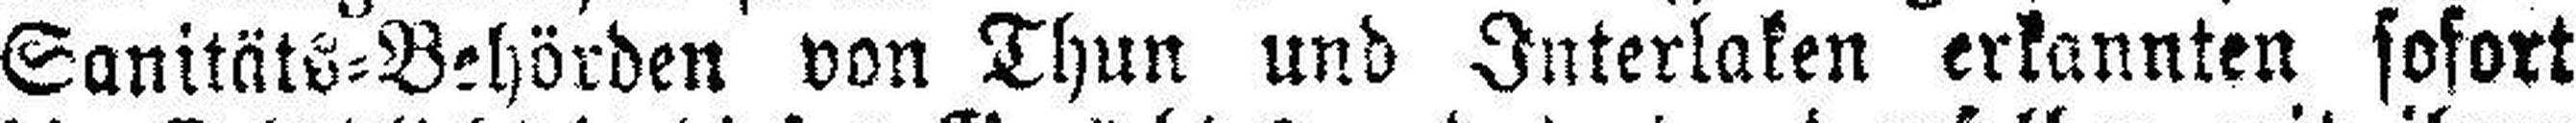
Sanitäts=Behörden von Thun und Interlaken erkannten sofort